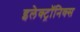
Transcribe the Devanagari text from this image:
इलेक्ट्राॅनिक्स